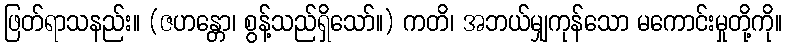
ဖြတ်ရာသနည်း။ (ဇဟန္တော၊ စွန့်သည်ရှိသော်။) ကတိ၊ အဘယ်မျှကုန်သော မကောင်းမှုတို့ကို။